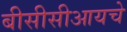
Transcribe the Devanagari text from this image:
बीसीसीआयचे